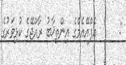
:      އެފްއޭއެމްގެ އިންތިޚާބު ރާއްޖޭގެ ކުޅިވަރުގެ